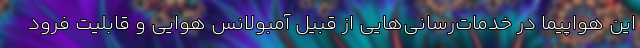
این هواپیما در خدمات‌رسانی‌هایی از قبیل آمبولانس هوایی و قابلیت فرود